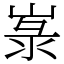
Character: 㟤